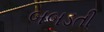
બબડતી